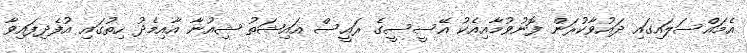
އެމައްސަލައިގައި ދައުވާކުރަން ފޮނުވުމާއިއެކު އޭސީސީގެ ރައީސް އައިޝަތު ޝިއުނާ އާއިމެދު ހިތުގައި އުފެދިފައިވާ